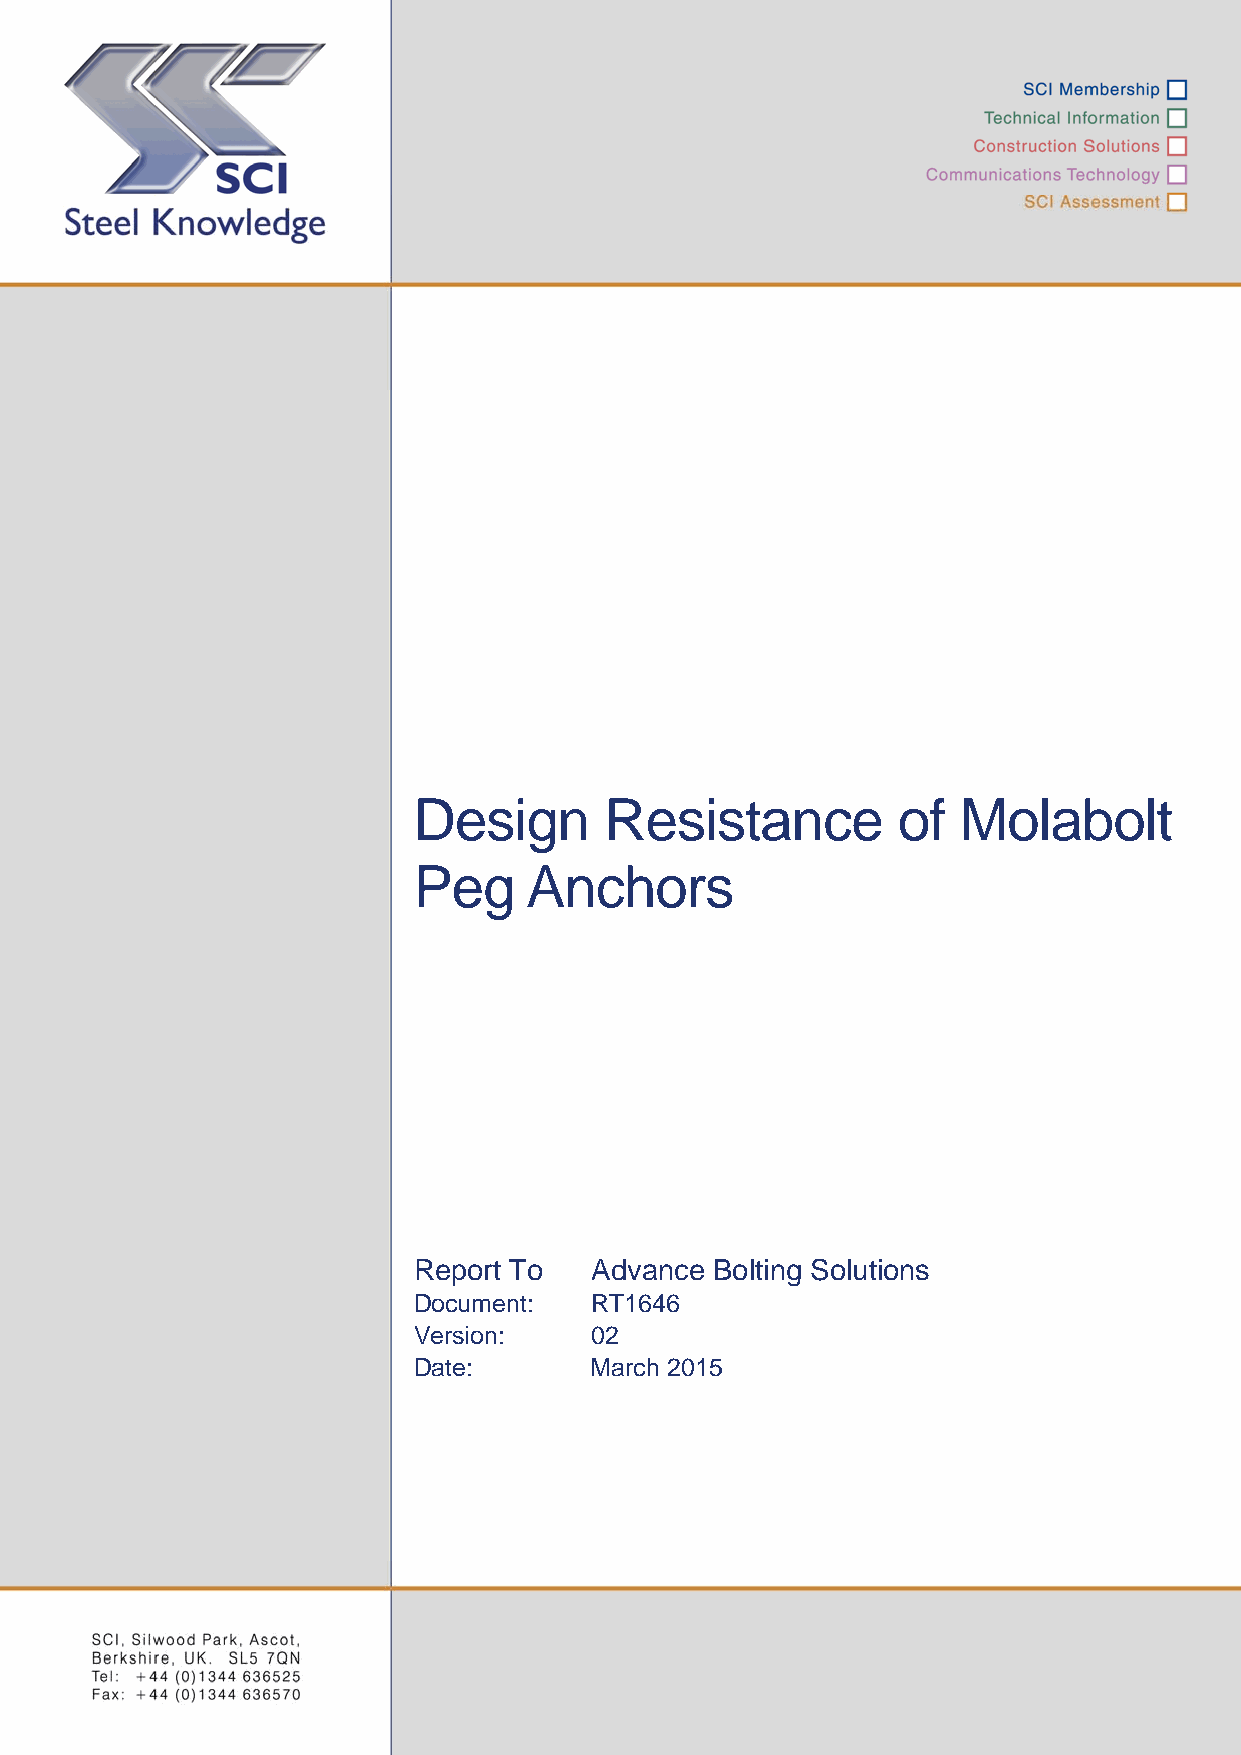
Design       Resistance         of  Molabolt
 Peg     Anchors
 Report To   Advance Bolting Solutions
 Document:   RT1646
 Version:    02
 Date:       March 2015